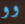
وو